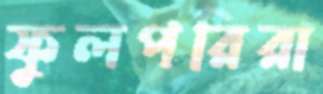
ফুলপরিরা